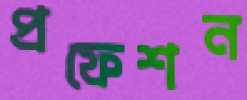
প্রফেশন